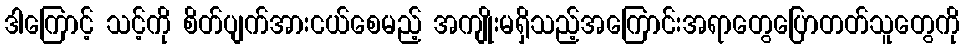
ဒါကြောင့် သင့်ကို စိတ်ပျက်အားငယ်စေမည့် အကျိုးမရှိသည့်အကြောင်းအရာတွေပြောတတ်သူတွေကို